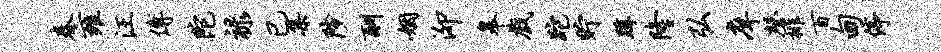
春雍汪傅陀禄已集陟酬姻泖皋戏跎贮蹲隆弘庠磬排百甸停